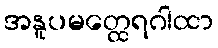
အနူပမတ္ထေရဂါထာ